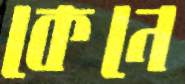
কেনে